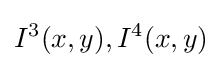
I^{3}(x,y),I^{4}(x,y)